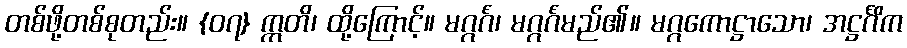
တစ်ဖို့တစ်စုတည်း။ {၀၇} ဣတိ၊ ထို့ကြောင့်။ မဂ္ဂင်္ဂံ၊ မဂ္ဂင်္ဂံမည်၏။ မဂ္ဂကောဋ္ဌာသော၊ အဋ္ဌင်္ဂိက